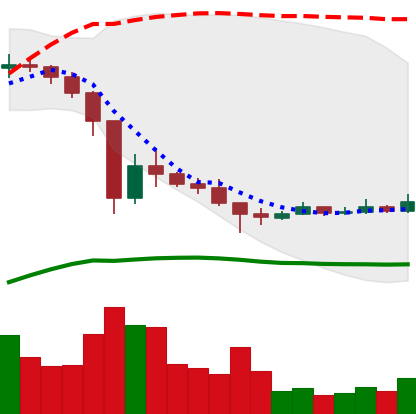
Ticker: XRP-USD
Chart end date: 2021-01-06
Forward return: 15.15%
Label: up_7plus